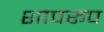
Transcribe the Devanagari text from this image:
शापरूप